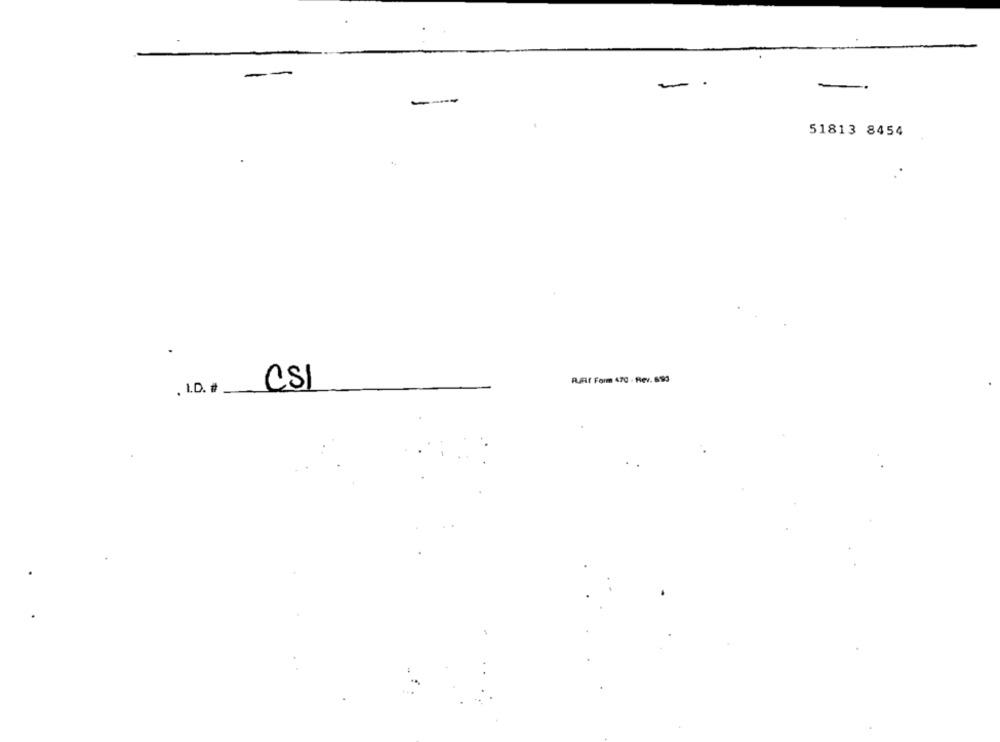
--
--
-
-
51813 8454
R.Af Form 470 - Rev. 693
CSI
, LD. #